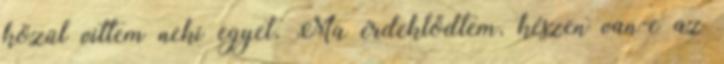
közül vittem neki egyet. Ma érdeklődtem, készen van-e az